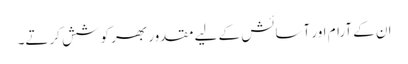
ان کے آرام اور آسائش کے لیے مقدور بھر کوشش کرتے۔